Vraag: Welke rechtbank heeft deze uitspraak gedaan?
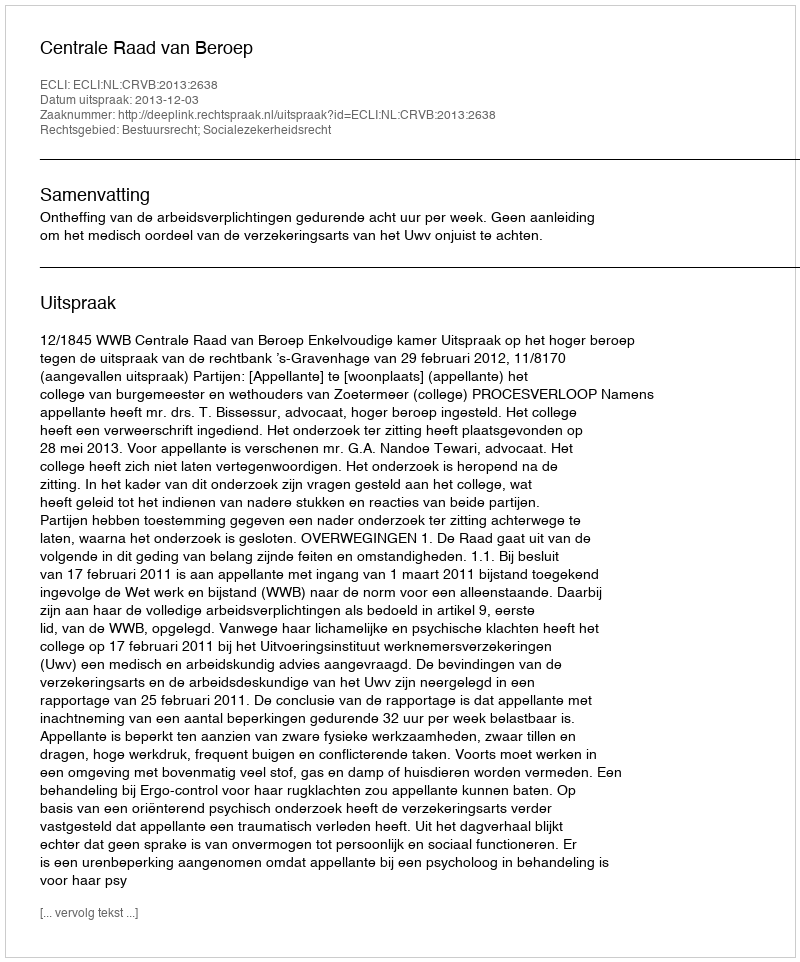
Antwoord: Centrale Raad van Beroep